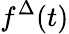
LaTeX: f^{\Delta}(t)